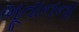
ભૂતાનના